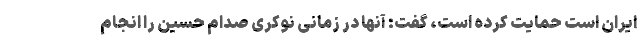
ایران است حمایت کرده است، گفت: آنها در زمانی نوکری صدام حسین را انجام